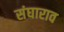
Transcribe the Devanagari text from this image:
संघाराव